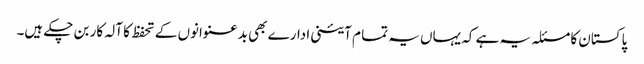
پاکستان کا مسئلہ یہ ہے کہ یہاں یہ تما م آئینی ادارے بھی بدعنوانوں کے تحفظ کا آلہ کار بن چکے ہیں۔